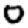
Digit: 0